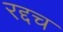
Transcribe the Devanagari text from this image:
रद्दच